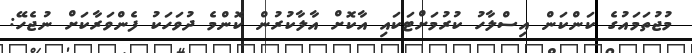
މުޖުތަމައުގެ ކަންކަން އިސްލާހު ކުރުމަށްޓަކައި އާކޮށް އާލާކުރުން ކޮންމެ ދުވަހަކު ފެންވަރާކަށް ނުޖެހޭ: